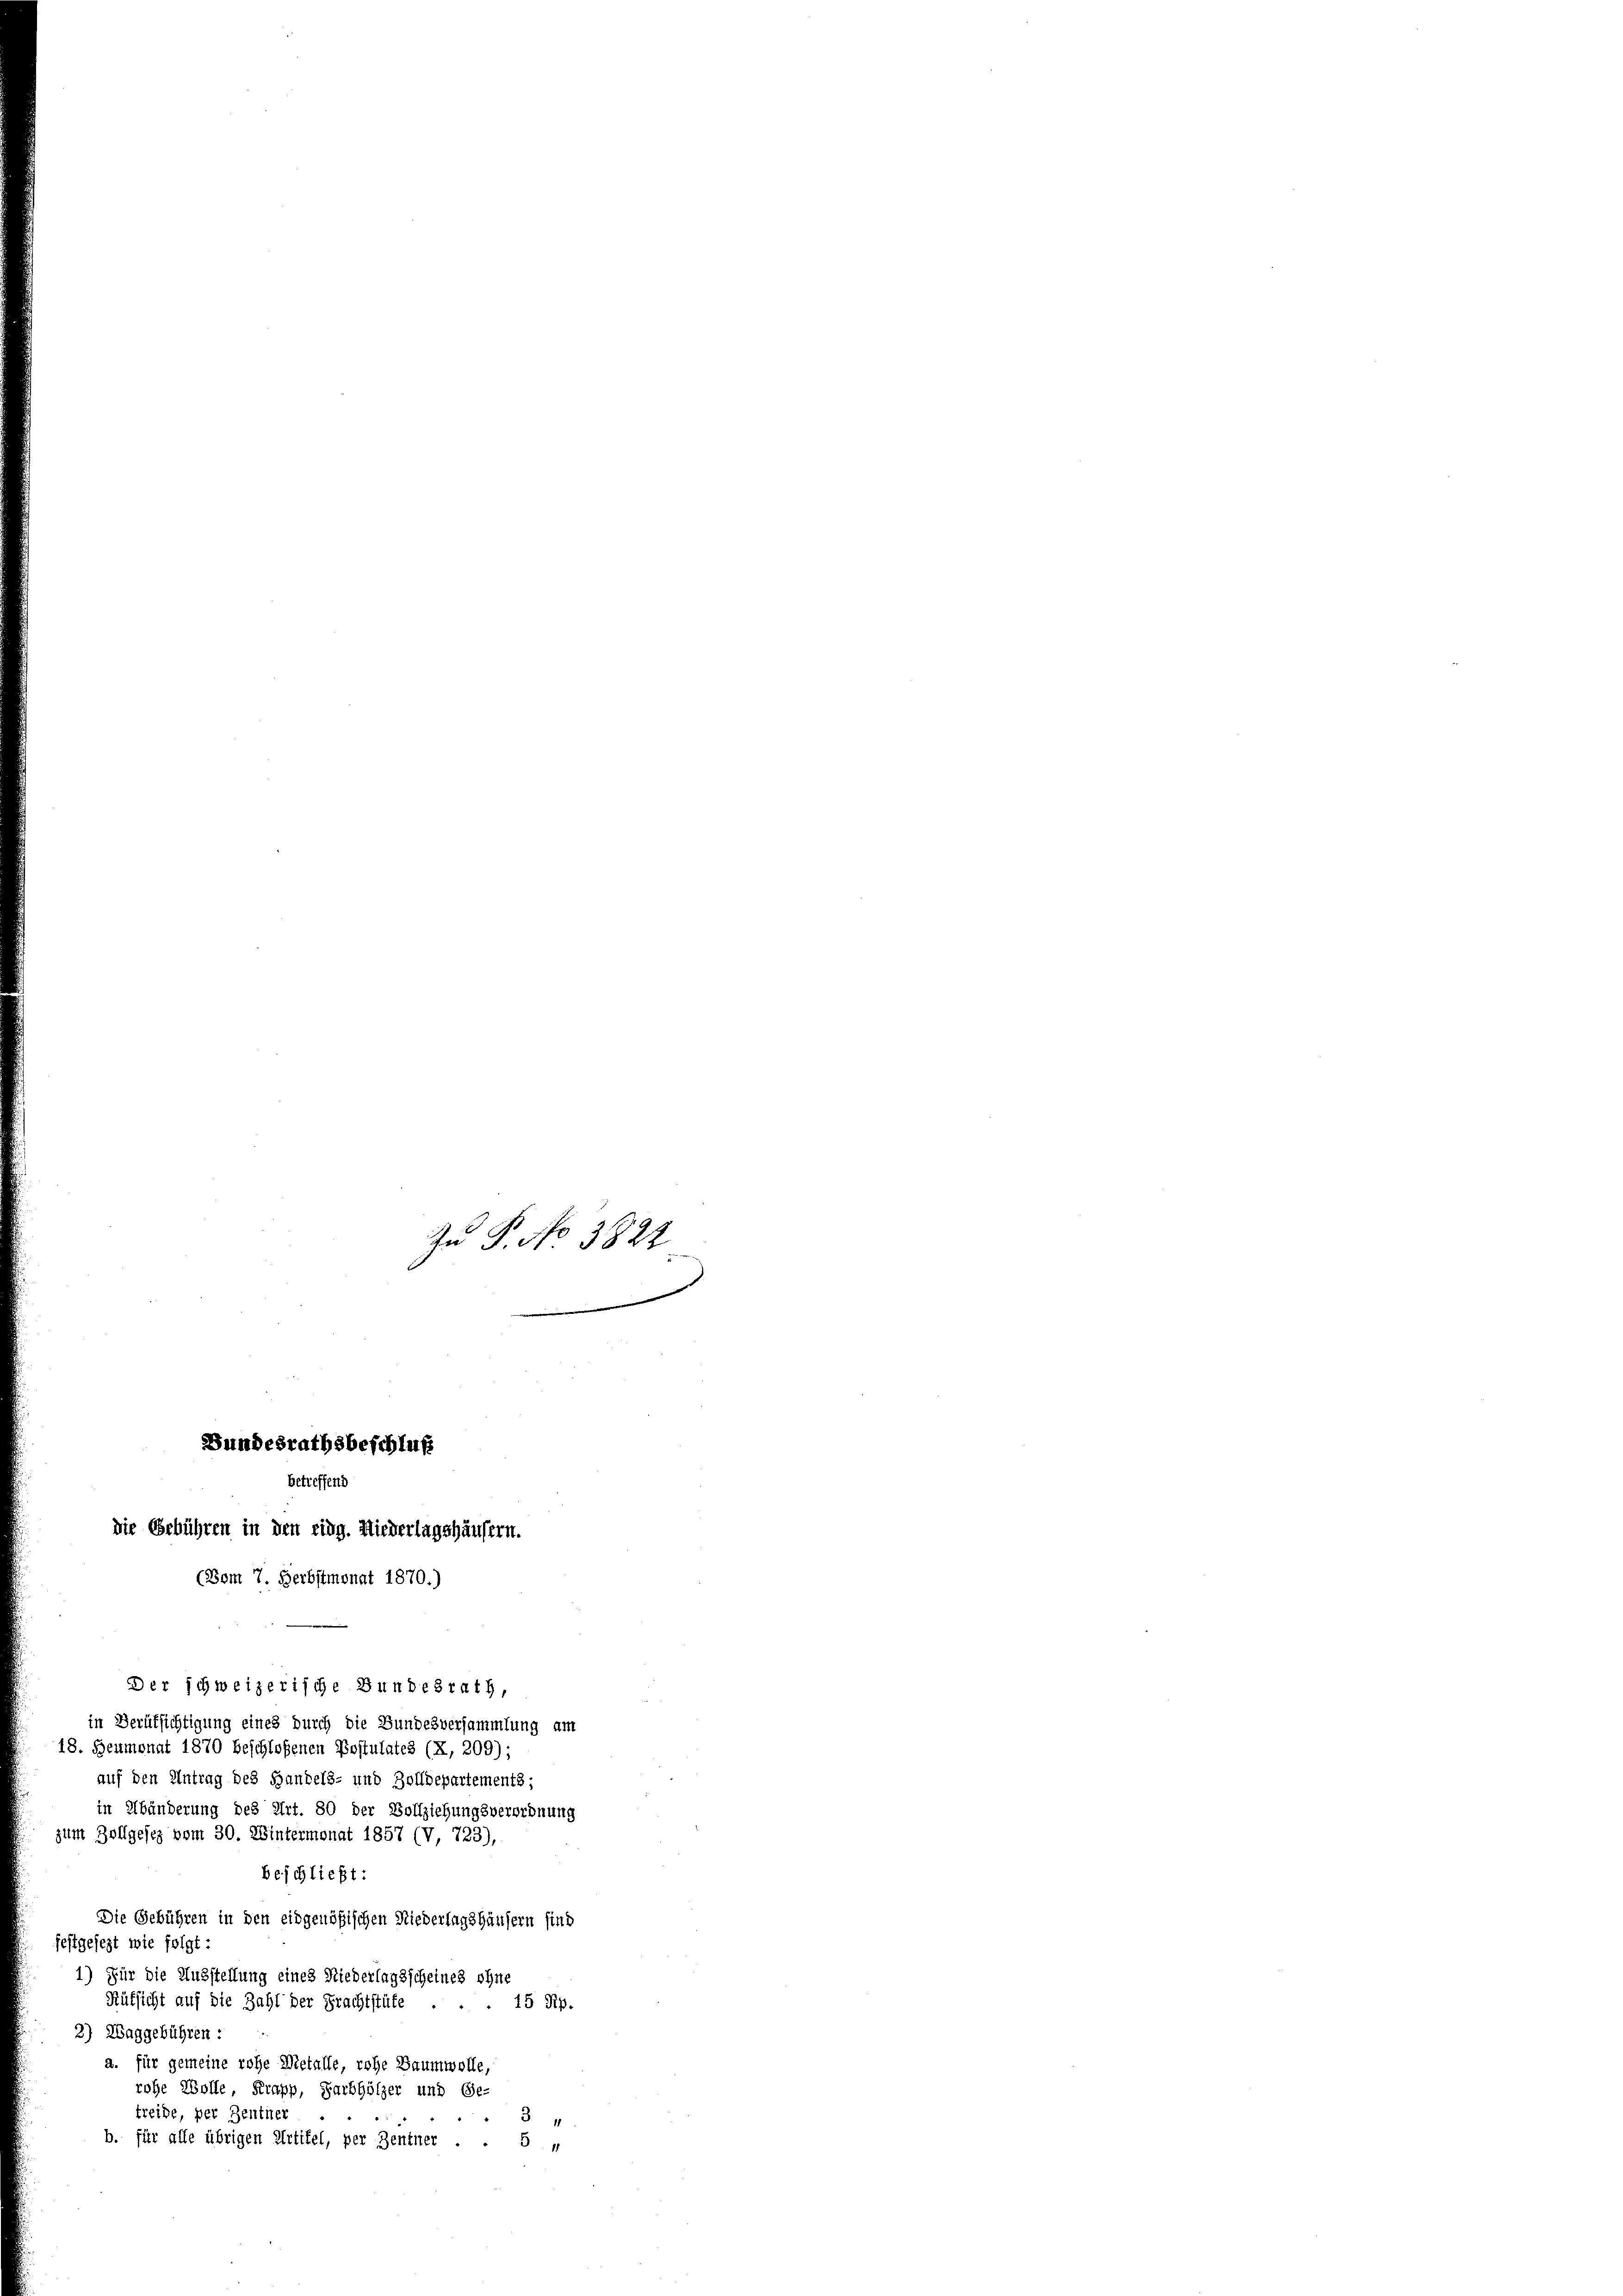
Bundesrathsbeschluß
betreffend
die Gebühren in den eing. Niederlagshäusern.
(Bom 7. Herbstmonat 1870.)

Zu P. No 3822

Der schweizerische Bundesrath,
in Berufsichtigung eines durch die Bundesversammlung am
18. Heumonat 1870 beschloßenen Postulates (X, 209);
auf den Antrag des Handels- und Zolldepartements;
in Abänderung des Art. 80 der Vollziehungsverordnung
zum Zollgesetz vom 30. Wintermonat 1857 (V, 723),
beschließt:
Die Gebühren in den eidgenößischen Niederlagshäusern sind
festgesezt wie folgt:
1) Für die Ausstellung eines Niederlagsscheines ohne
Rüksicht auf die Zahl der Frachtstüte . . . 15 Rp.
2) Waggebühren :
a. für gemeine rohe Wietalle, rohe Baumwolle,
rohe Wolle, Krapp, Farbhölzer und Ge-
treide, per Zentner
3
b. für alle übrigen Artikel, per Zentner . 6 "